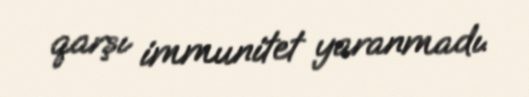
qarşı immunitet yaranmadı.